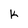
Character: k